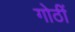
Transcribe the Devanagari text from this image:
गोठीं